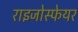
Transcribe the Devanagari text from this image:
राइजोस्फेयर